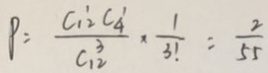
P = \frac { C _ { 1 2 } ^ { \prime } C _ { 4 } ^ { \prime } } { C _ { 1 0 } ^ { 3 } } \times \frac { 1 } { 3 ! } = \frac { 2 } { 5 5 }